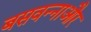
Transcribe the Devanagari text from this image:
बसवन्नाऔर